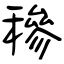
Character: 穇